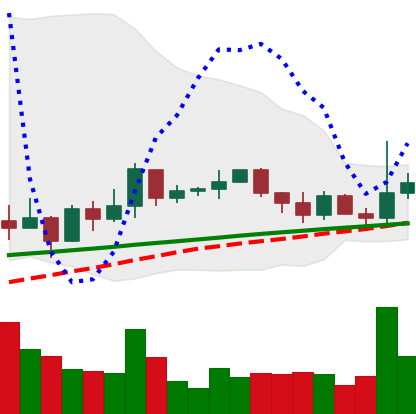
Ticker: XRP-USD
Chart end date: 2021-03-17
Forward return: 16.41%
Label: up_7plus